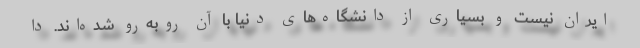
ایران نیست و بسیاری از دانشگاه‌های دنیا با آن روبه‌رو شده‌اند. دا